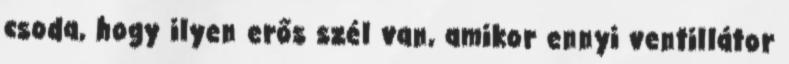
csoda, hogy ilyen erős szél van, amikor ennyi ventillátor